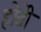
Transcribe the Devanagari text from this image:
होतेी